Indian journal of veterinary science and animal husbandry - Volumes 18-21, 1948-1951
Year: 1948
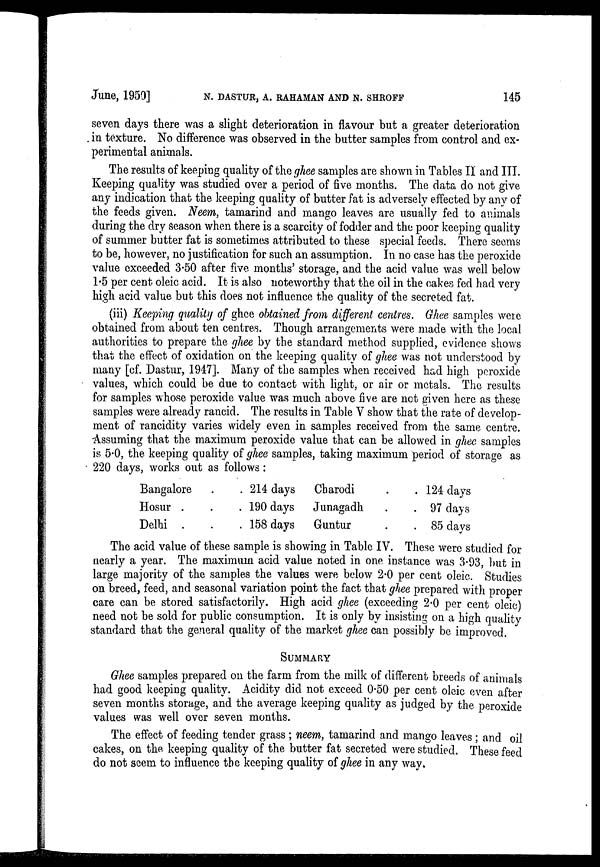
June, 1950] N. DASTUR, A. RAHAMAN AND N. SHROFF 145
seven days there was a slight deterioration in flavour but a greater deterioration
in texture. No difference was observed in the butter samples from control and ex-
perimental animals.
The results of keeping quality of the ghee samples are shown in Tables II and III.
Keeping quality was studied over a period of five months. The data do not give
any indication that the keeping quality of butter fat is adversely effected by any of
the feeds given. Neem, tamarind and mango leaves are usually fed to animals
during the dry season when there is a scarcity of fodder and the poor keeping quality
of summer butter fat is sometimes attributed to these special feeds. There seems
to be, however, no justification for such an assumption. In no case has the peroxide
value exceeded 3.50 after five months' storage, and the acid value was well below
1.5 per cent oleic acid. It is also noteworthy that the oil in the cakes fed had very
high acid value but this does not influence the quality of the secreted fat.
(iii) Keeping quality of ghee obtained from different centres. Ghee samples were
obtained from about ten centres. Though arrangements were made with the local
authorities to prepare the ghee by the standard method supplied, evidence shows
that the effect of oxidation on the keeping quality of ghee was not understood by
many [cf. Dastur, 1947]. Many of the samples when received had high peroxide
values, which could be due to contact with light, or air or metals. The results
for samples whose peroxide value was much above five are not given here as these
samples were already rancid. The results in Table V show that the rate of develop-
ment of rancidity varies widely even in samples received from the same centre.
Assuming that the maximum peroxide value that can be allowed in ghee samples
is 5.0, the keeping quality of ghee samples, taking maximum period of storage as
220 days, works out as follows:
Bangalore
Hosur .
Delhi .
214 days
190 days
158 days
Charodi
Junagadh
Guntur
. 124 days
. 97 days
85 days
The acid value of these sample is showing in Table IV. These were studied for
nearly a year. The maximum acid value noted in one. instance was 3.93, but in
large majority of the samples the values were below 2.0 per cent oleic. Studies
on breed, feed, and seasonal variation point the fact that ghee prepared with proper
care can be stored satisfactorily. High acid ghee (exceeding 2.0 per cent oleic)
need not be sold for public consumption. It is only by insisting on a high quality
standard that the general quality of the market ghee can possibly be improved.
SUMMARY
Ghee samples prepared on the farm from the milk of different breeds of animals
had good keeping quality. Acidity did not exceed 0.50 per cent oleic even after
seven months storage, and the average keeping quality as judged by the peroxide
values was well over seven months.
The effect of feeding tender grass ; neem, tamarind and mango leaves ; and oil
cakes, on the keeping quality of the butter fat secreted were studied. These feed
do not seem to influence the keeping quality of ghee in any way.